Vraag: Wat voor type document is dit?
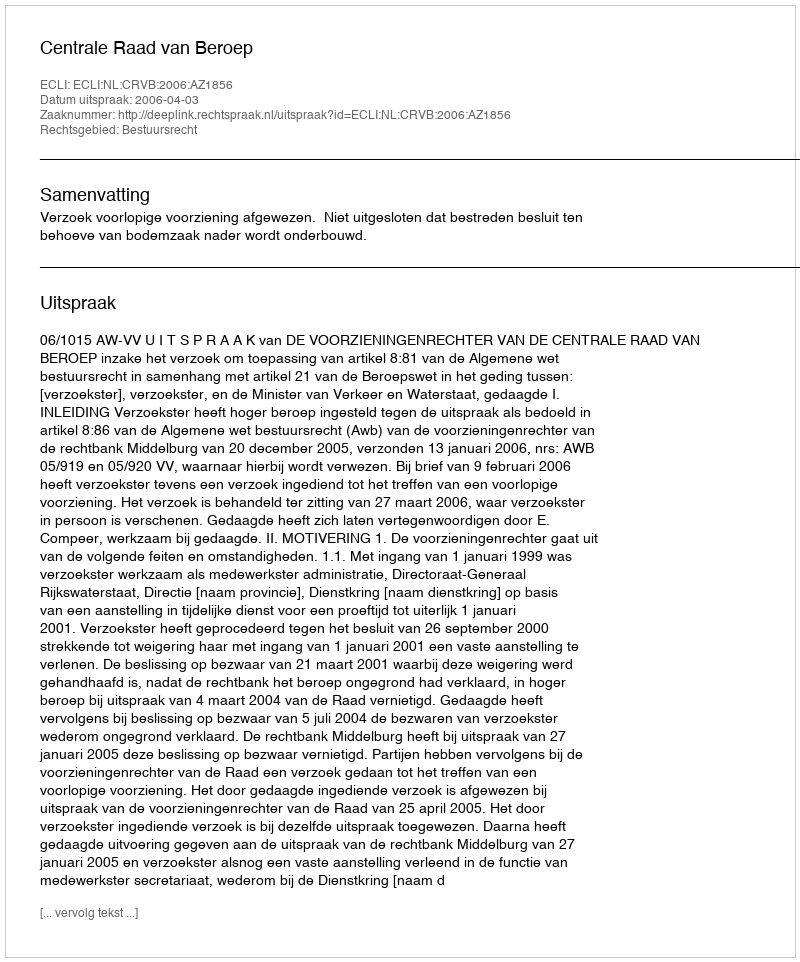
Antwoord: Uitspraak